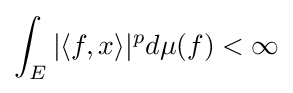
\int _{E}|\langle f,x\rangle |^{p}d\mu (f)<\infty